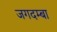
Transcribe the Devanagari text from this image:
जगदम्‍बा